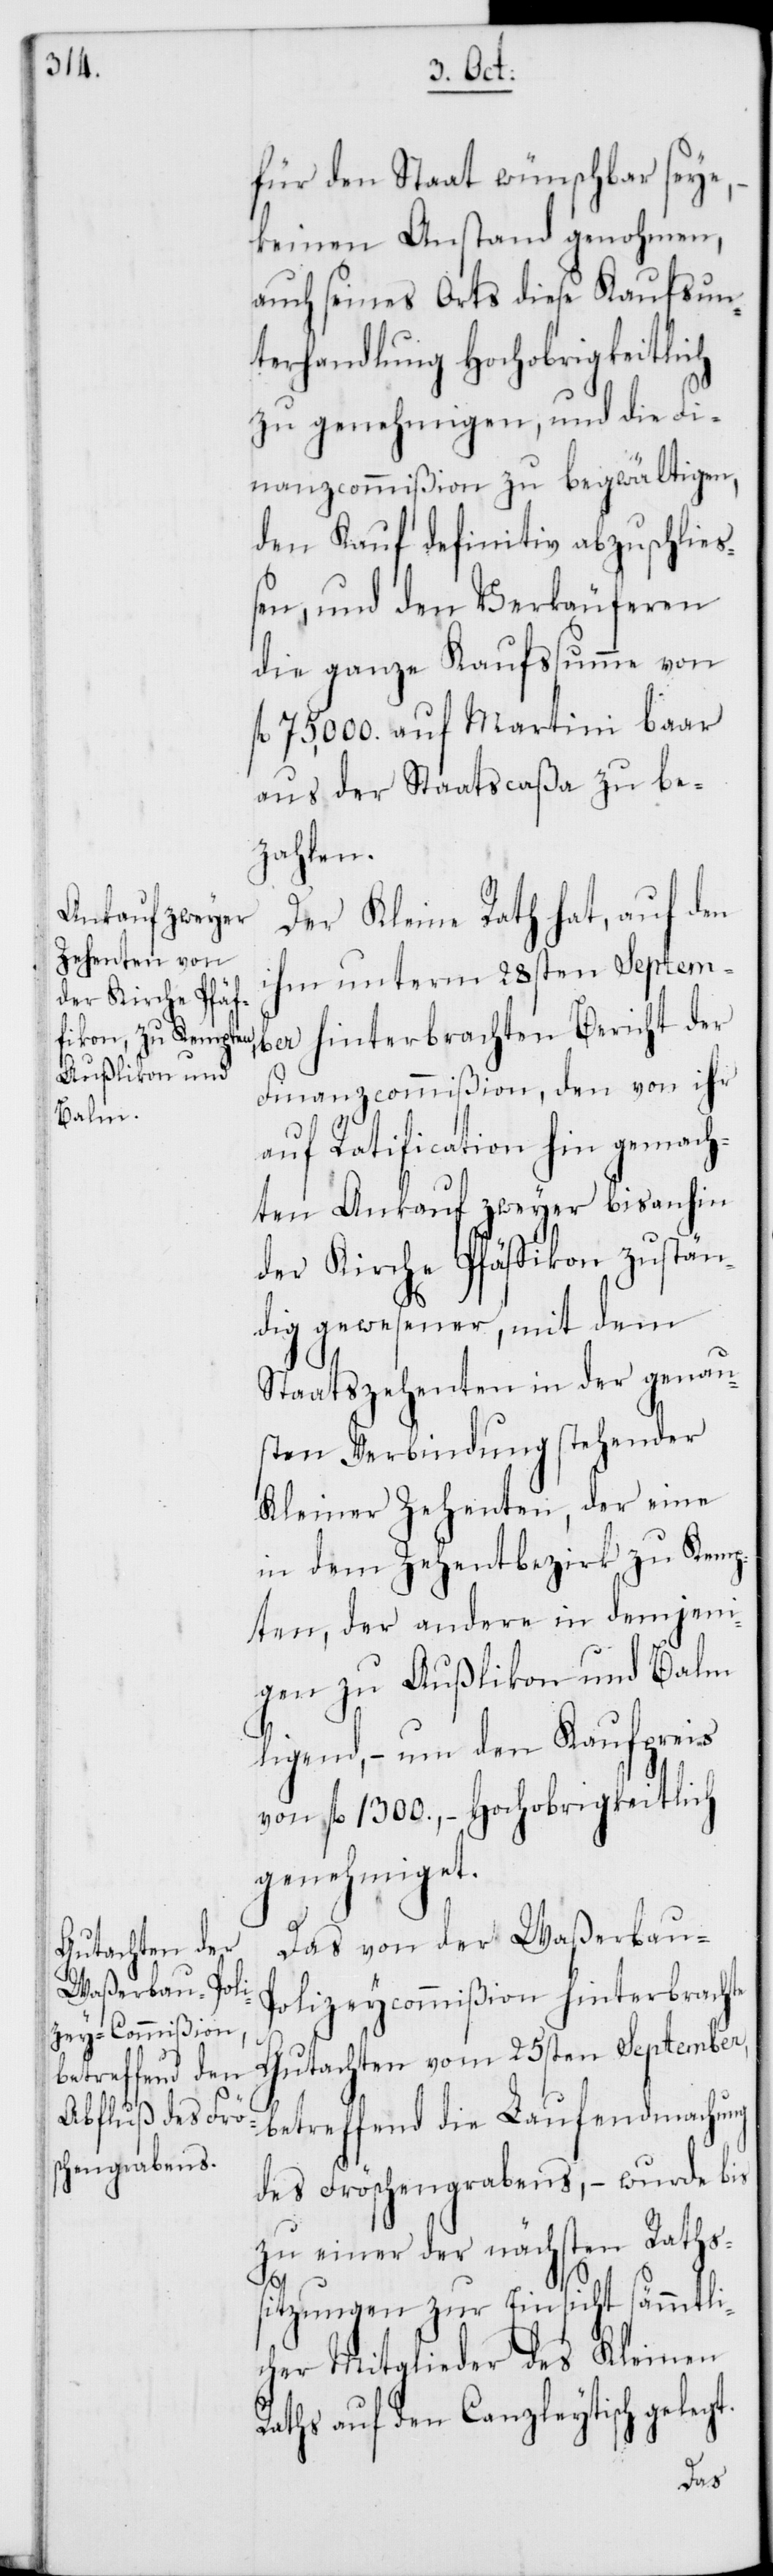
t.

für den Staat wünschbar seye,
keinen Anstand genohmen,
auch seines Orts diese Kaufsun¬
terhandlung Hochobrigkeitlich
zu genehmigen, und die Fi¬
nanzcommißion zu begwältigen,
den Kauf definitiv abzuschließ¬
en, und den Verkäuferen
die ganze Kaufßumme von
75,000. auf Martini baar
aus der Staatscaßa zu be¬
zahlen.
Der Kleine Rath hat, auf den
ihm unterm 28sten Septem¬
ber hinterbrachten Bericht der
Finanzcommißion, den von ihr
auf Ratification hin gemach¬
ten Ankauf zweyer bis anhin
der Kirche Pfäffikon zustän¬
dig gewesener, mit dem
Staatszehenten in der genau¬
sten Verbindung stehender
Kleiner Zehenten, der eine
in dem Zehentbezirk zu Kemp¬
ten, der andere in demjeni¬
gen zu Außlikon und Balm
ligend, – um den Kaufpreis
von fl. 1300., – Hochobrigkeitlich
genehmiget.
Das von der Waßerbau-P¬
olizeycommißion hinterbrachte
Gutachten vom 25sten September,
betreffend die Laufendmachung
des Fröschengrabens, – wurde bis
zu einer der nächsten Raths¬
sitzungen zur Einsicht sämmtli¬
cher Mitglieder des Kleinen
Raths auf den Canzleytisch geleg¬